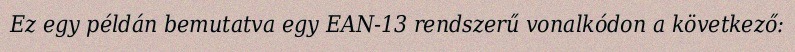
Ez egy példán bemutatva egy EAN-13 rendszerű vonalkódon a következő: